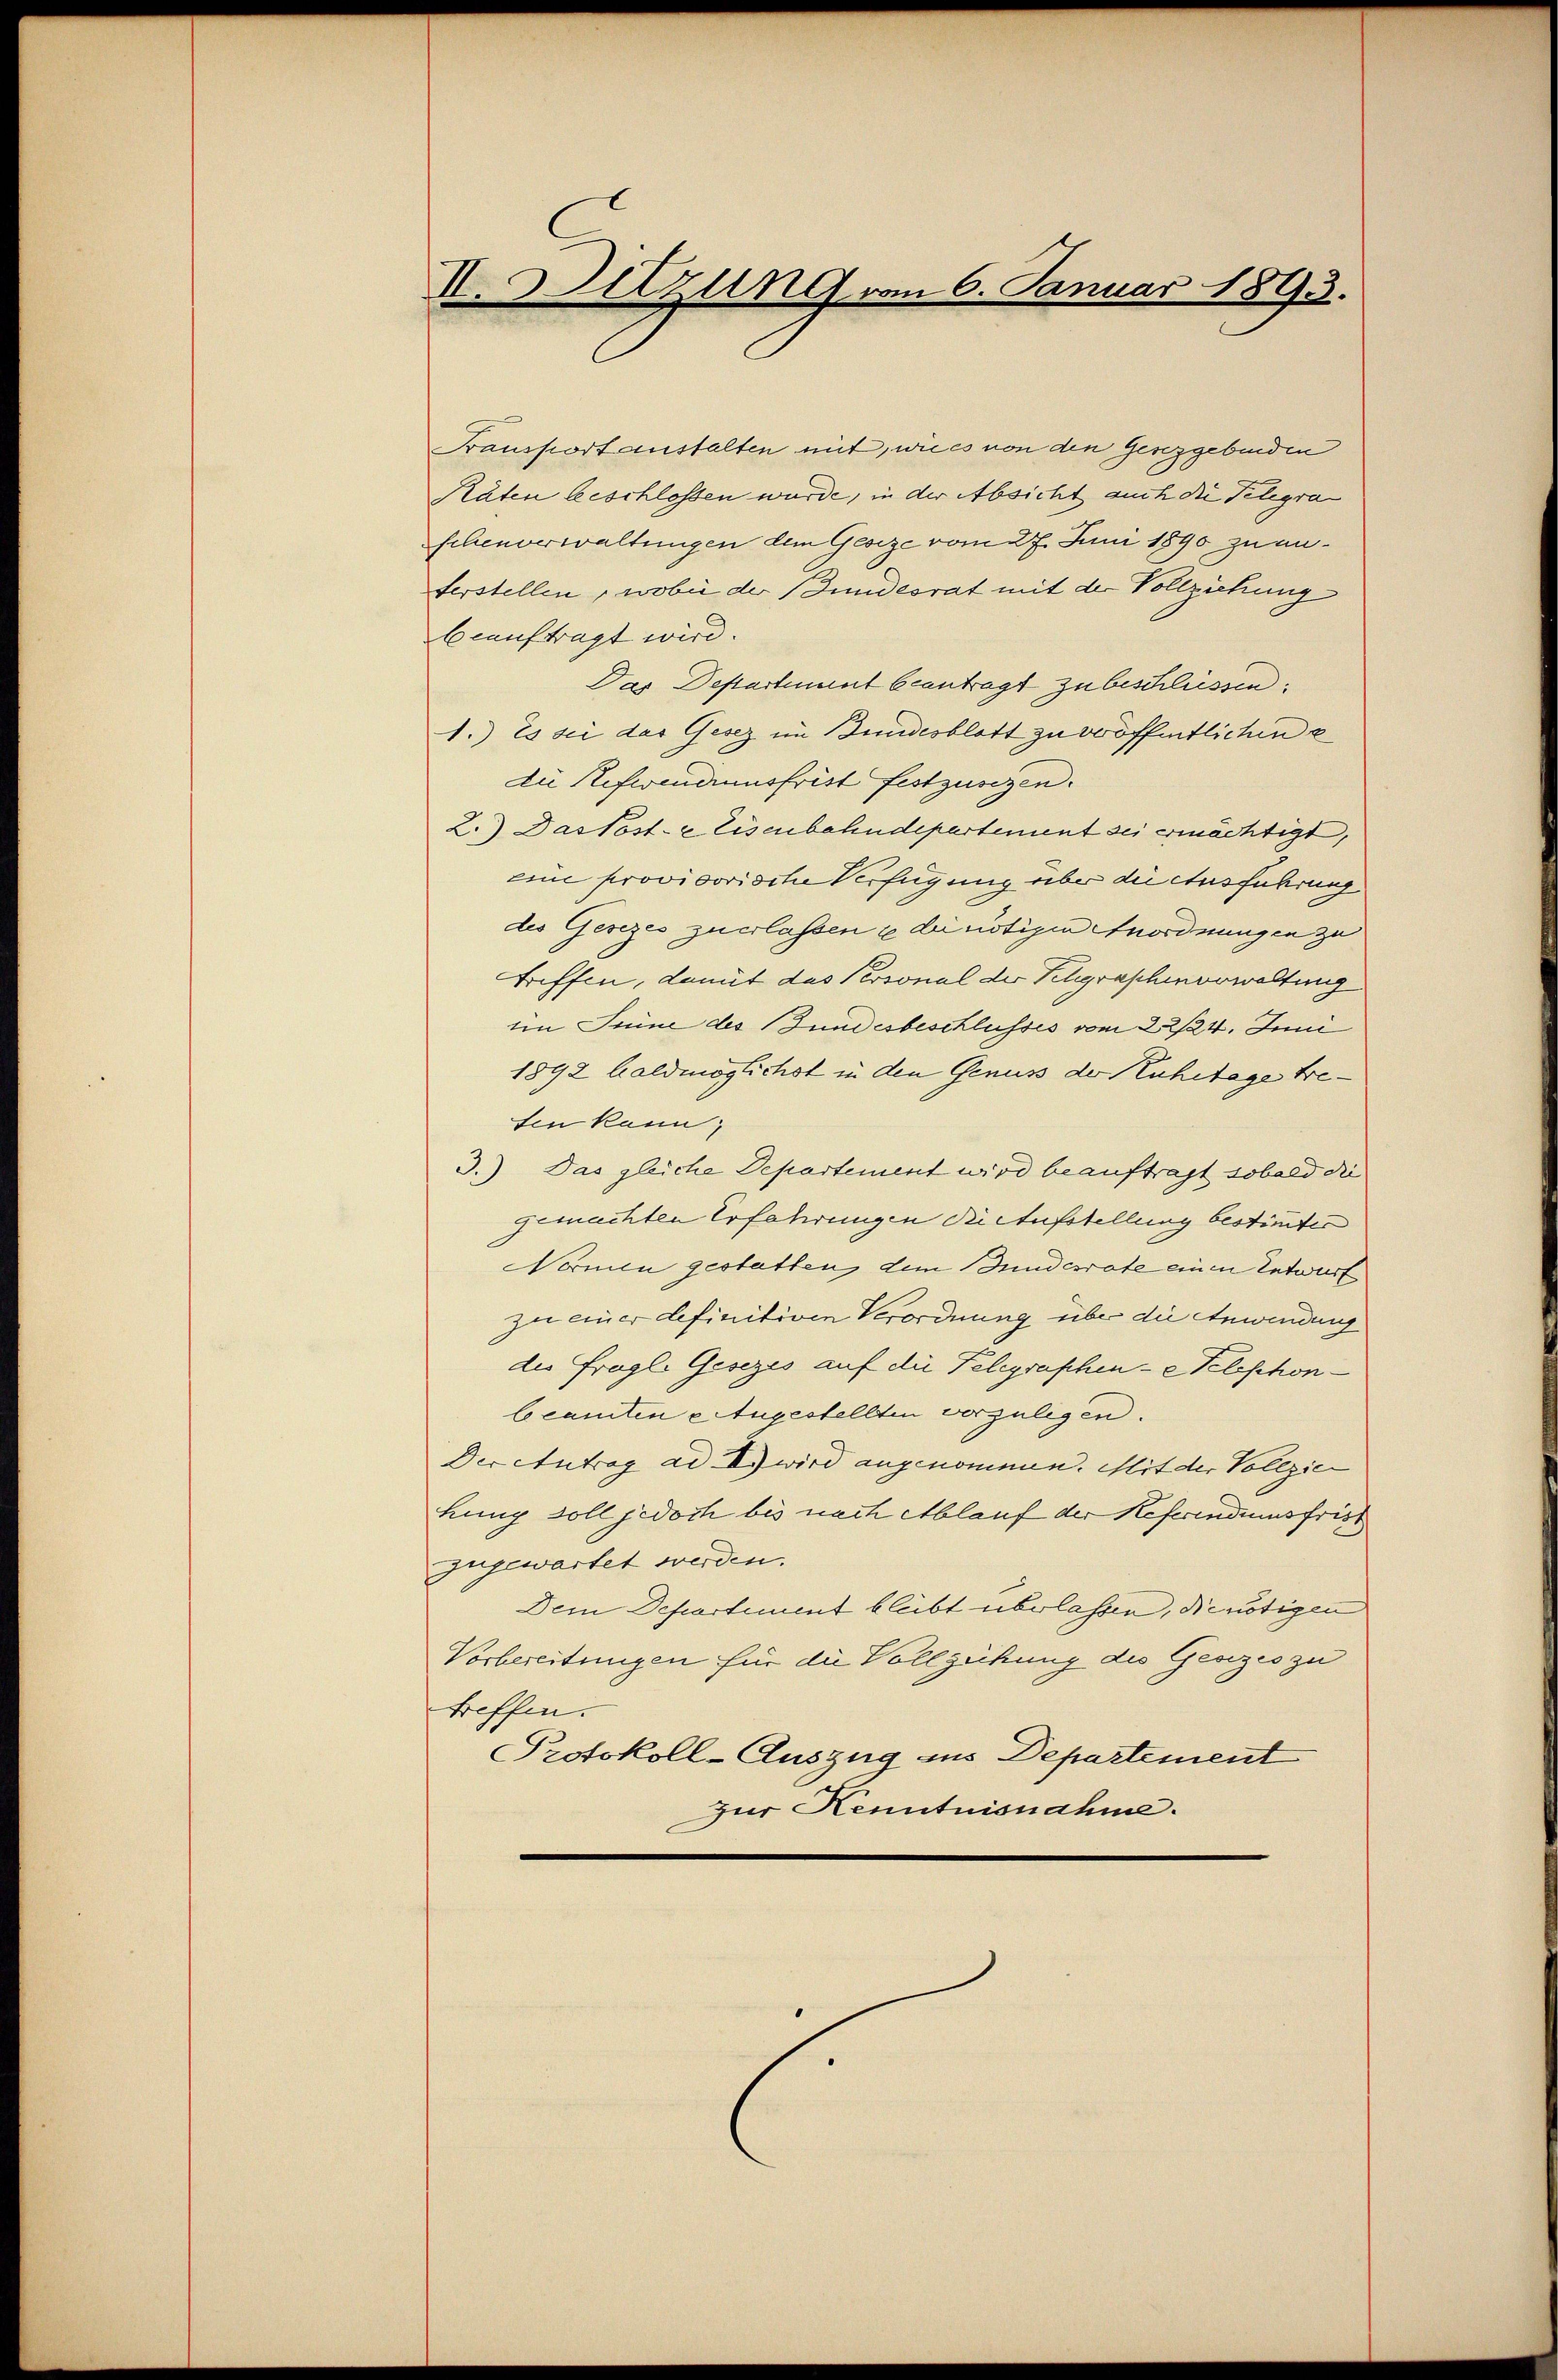
II. Sitzung vom 6. Januar 1893.

Transport anstalten mit, wies von den Genzgebenden
Räten beschlossen wurde, in der Absicht auch die Telegra
schenverwaltungen dem Gesize vom 27. Juni 1890 zu unterstellen, wobei der Bundesrat mit der Vollziehung
beauftragt wird.
Das Departient beantragt zu beschliessen.
1.) Es sei das Gesez im Bundesblatt zu veröffentlichen e
die Referendumsfrist festzusehen.
2.) Das Post- & Eisenbahndepartement sei ermächtigt,
eine provisorische Verfügung über die Ausführung
des Gesezes zuerlassen u die nötigen Anordnungen zu
triffen, damit das Personal der Schgraschworwaltung
eim Sinne des Bundesbeschlusses vom 22/24. Juni
1892 haldmöglichst in den Genuss der Ruhetage treten kann;
3.) Das gleiche Departement wird beauftragt, sobald die
gemachten Erfahrungen die Aufstellung bestimmten
Normen gestatten dem Bundesrate einen Entwurf
zu einer definitiven Verordnung über die Anwendung
des fragl. Gesezes auf die Telegraphen- e Telephonbeamten Augestellten vorzulegen.
Der Antrag ad I.) wird angenommen. Mit der Vollzie
hung soll jedoch bis nach Ablauf der Referendumsfris
zugewartet werden.
Dein Departement bleibt überlassen, die nötigen
Vorbereitungen für die Vollziehung die Gesizes zu
treffen.
Protokoll-Auszug ins Departement
zur Kenntnisnahme.